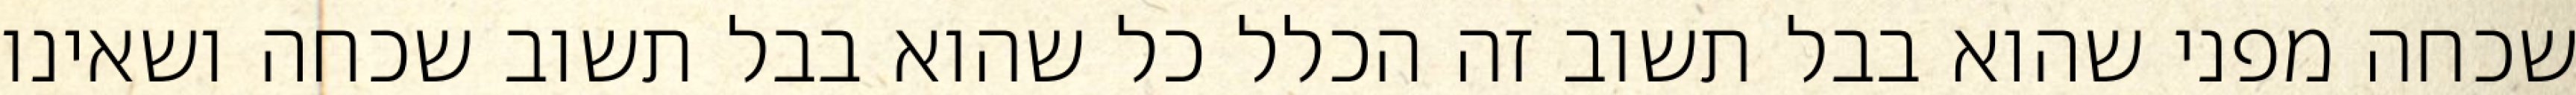
שכחה מפני שהוא בבל תשוב זה הכלל כל שהוא בבל תשוב שכחה ושאינו